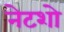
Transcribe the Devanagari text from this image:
नेटशो